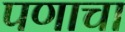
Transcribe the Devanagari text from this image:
पणाचा